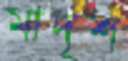
মাদৃশ